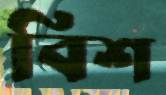
বিশ